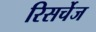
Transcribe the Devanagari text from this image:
रिसर्चेज